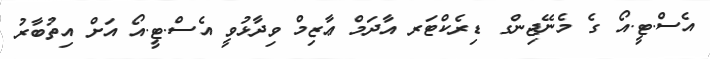
އެސް.ޓީ.އޯ ގެ މެނޭޖިންގ ޑިރެކްޓަރ އާދަމް ޢާޒިމް ވިދާޅުވީ އެސް.ޓީ.އޯ އަށް އިތުބާރު